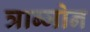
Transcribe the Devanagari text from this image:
त्राब्जोन